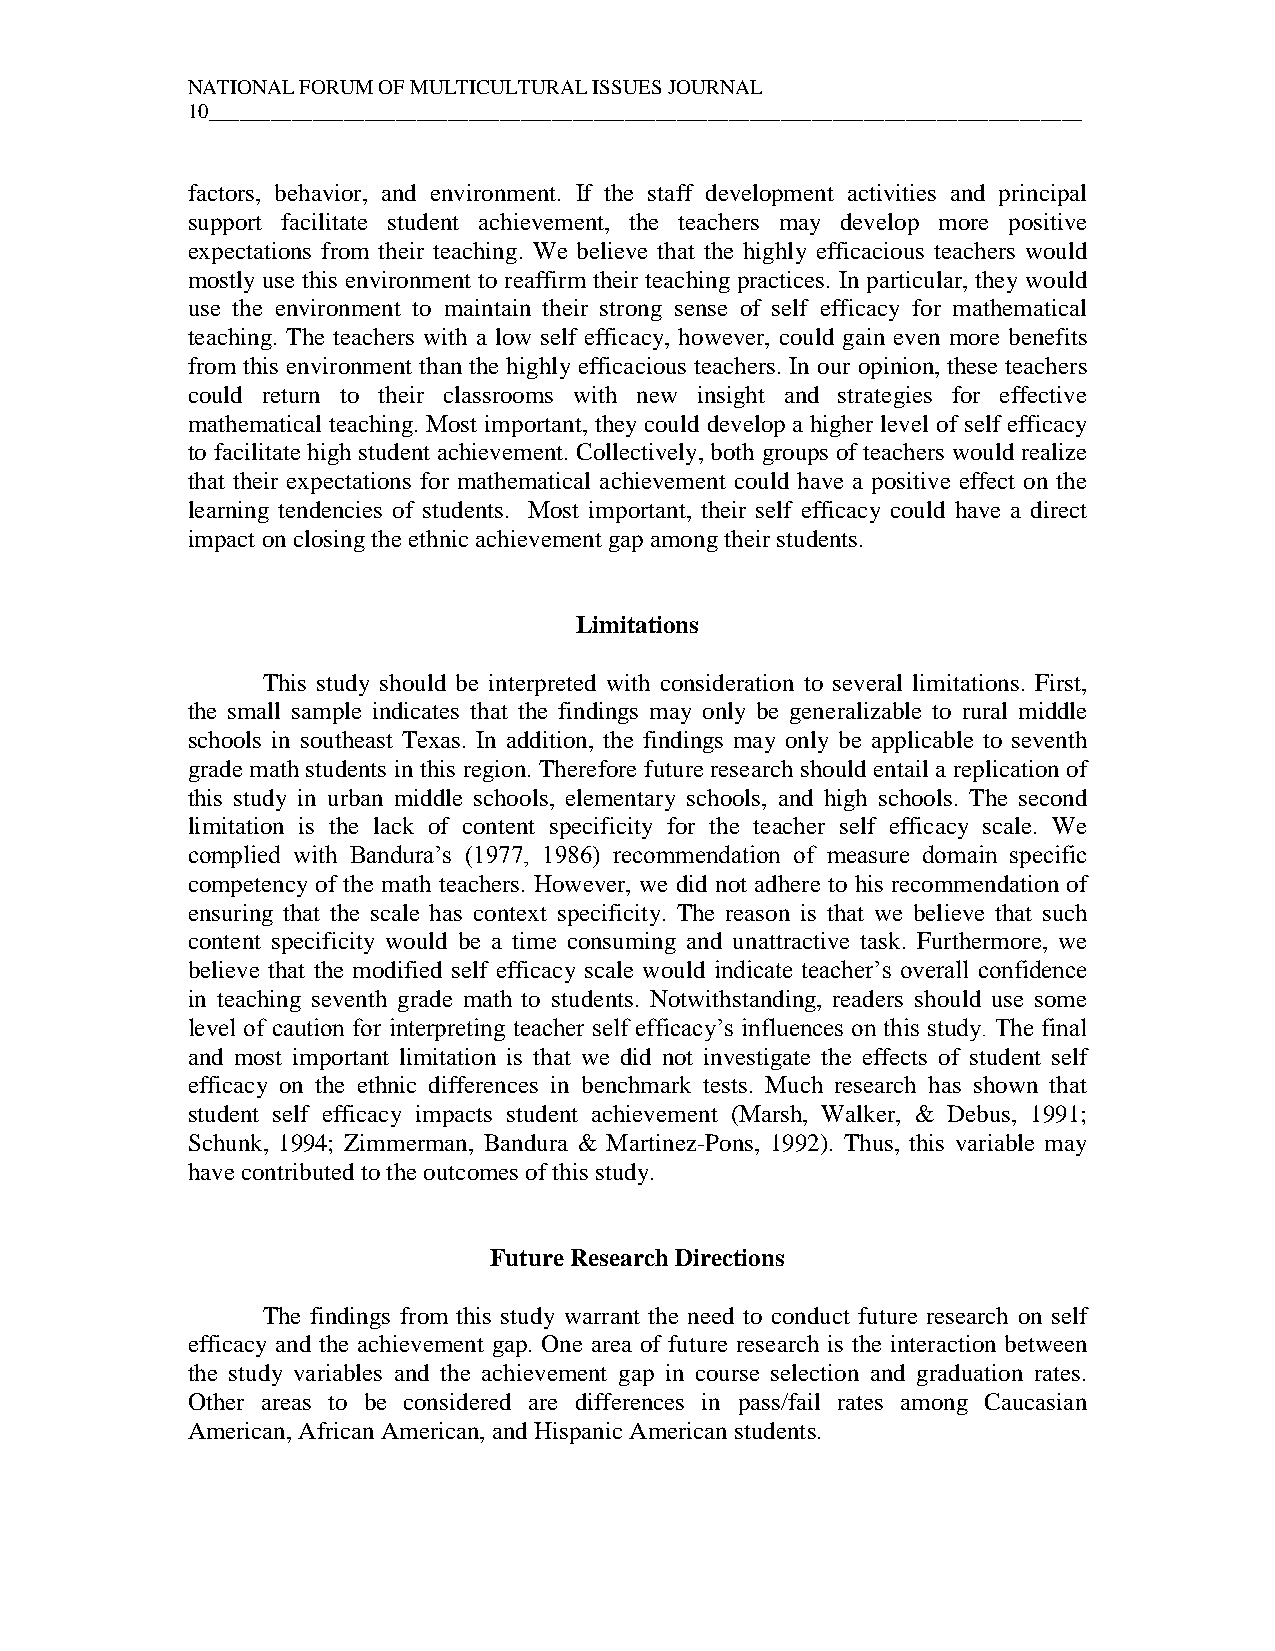
NATIONAL FORUM OF MULTICULTURAL ISSUES JOURNAL
 10____________________________________________________________________________________
 factors, behavior, and environment. If the staff development activities and principal
 support facilitate student achievement, the teachers may develop more positive
 expectations from their teaching. We believe that the highly efficacious teachers would
 mostly use this environment to reaffirm their teaching practices. In particular, they would
 use the environment to maintain their strong sense of self efficacy for mathematical
 teaching. The teachers with a low self efficacy, however, could gain even more benefits
 from this environment than the highly efficacious teachers. In our opinion, these teachers
 could return to their classrooms with new insight and strategies for effective
 mathematical teaching. Most important, they could develop a higher level of self efficacy
 to facilitate high student achievement. Collectively, both groups of teachers would realize
 that their expectations for mathematical achievement could have a positive effect on the
 learning tendencies of students. Most important, their self efficacy could have a direct
 impact on closing the ethnic achievement gap among their students.
 Limitations
 This study should be interpreted with consideration to several limitations. First,
 the small sample indicates that the findings may only be generalizable to rural middle
 schools in southeast Texas. In addition, the findings may only be applicable to seventh
 grade math students in this region. Therefore future research should entail a replication of
 this study in urban middle schools, elementary schools, and high schools. The second
 limitation is the lack of content specificity for the teacher self efficacy scale. We
 complied with Bandura’s (1977, 1986) recommendation of measure domain specific
 competency of the math teachers. However, we did not adhere to his recommendation of
 ensuring that the scale has context specificity. The reason is that we believe that such
 content specificity would be a time consuming and unattractive task. Furthermore, we
 believe that the modified self efficacy scale would indicate teacher’s overall confidence
 in teaching seventh grade math to students. Notwithstanding, readers should use some
 level of caution for interpreting teacher self efficacy’s influences on this study. The final
 and most important limitation is that we did not investigate the effects of student self
 efficacy on the ethnic differences in benchmark tests. Much research has shown that
 student self efficacy impacts student achievement (Marsh, Walker, & Debus, 1991;
 Schunk, 1994; Zimmerman, Bandura & Martinez-Pons, 1992). Thus, this variable may
 have contributed to the outcomes of this study.
 Future Research Directions
 The findings from this study warrant the need to conduct future research on self
 efficacy and the achievement gap. One area of future research is the interaction between
 the study variables and the achievement gap in course selection and graduation rates.
 Other areas to be considered are differences in pass/fail rates among Caucasian
 American, African American, and Hispanic American students.